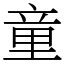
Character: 童